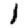
Digit: 1